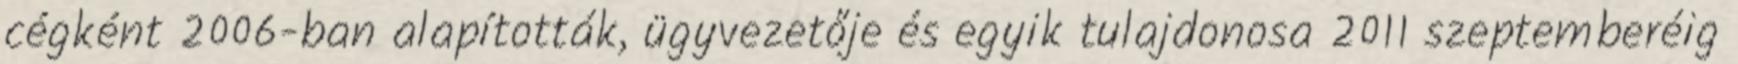
cégként 2006-ban alapították, ügyvezetője és egyik tulajdonosa 2011 szeptemberéig